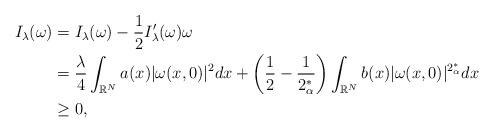
LaTeX: \begin{align*}I_\lambda(\omega)&=I_\lambda(\omega)-\frac{1}{2}I'_\lambda(\omega)\omega\\&=\frac{\lambda}{4}\displaystyle\int_{\mathbb{R}^N}a(x)|\omega(x,0)|^2dx+\left(\frac{1}{2}-\frac{1}{2_\alpha^*}\right)\displaystyle\int_{\mathbb{R}^N}b(x)|\omega(x,0)|^{2_\alpha^*}dx\\&\geq0, \end{align*}